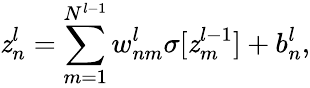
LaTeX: \mathit{z}_{n}^{l}=\sum_{m=1}^{N^{l-1}}w_{nm}^{l}\sigma[\mathit{z}_{m}^{l-1}]+b_{n}^{l},